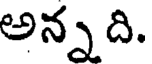
అన్న ది.